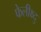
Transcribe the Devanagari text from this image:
फेलीक्ष्दु